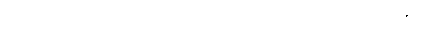
ဣဿာဖြစ်ခြင်း၏အစွမ်းဖြင့်။ ဣဿာ၊ မည်၏။ ဣဿာကာရော၊ ဣဿာ၏ဖြစ်ပုံ